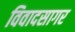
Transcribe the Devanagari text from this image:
विवादसागर